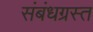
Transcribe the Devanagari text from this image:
संबंधग्रस्त